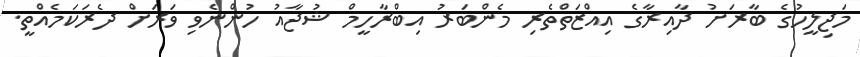
މަޖިލީހުގެ ބާރަށު ދާއިރާގެ އިއްޒަތްތެރި މެންބަރު އިބްރާހީމް ޝުޖާއު ހުންނެވި ވަރަށް ދެރަކަމެއްތީ.